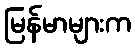
မြန်မာများက